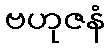
ဗဟုဇနံ